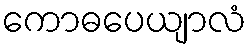
ကောဓပေယျာလံ